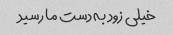
خیلی زود به دست ما رسید